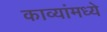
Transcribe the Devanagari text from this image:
काव्यांमध्ये